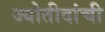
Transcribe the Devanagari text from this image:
ज्योतीदांची